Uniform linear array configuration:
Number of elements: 4
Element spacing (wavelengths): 0.5
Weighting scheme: hann
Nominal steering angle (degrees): -60
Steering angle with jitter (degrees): -60.211
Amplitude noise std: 0.05
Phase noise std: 0.05

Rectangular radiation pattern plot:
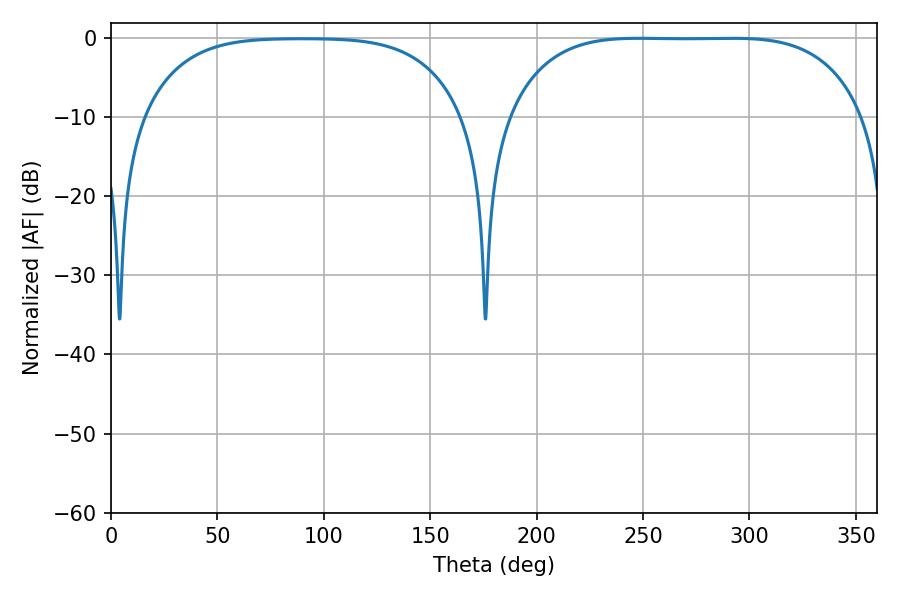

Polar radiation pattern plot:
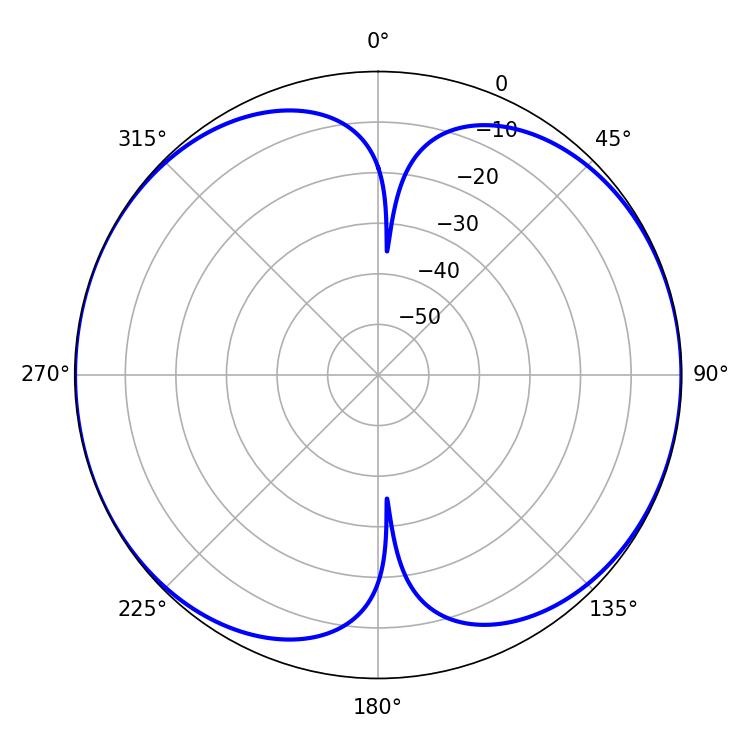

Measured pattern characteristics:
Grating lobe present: FALSE
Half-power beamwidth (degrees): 128.88
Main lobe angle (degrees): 248.4